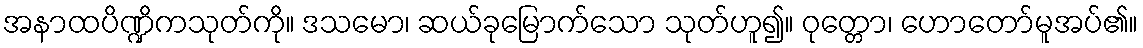
အနာထပိဏ္ဍိကသုတ်ကို။ ဒသမော၊ ဆယ်ခုမြောက်သော သုတ်ဟူ၍။ ဝုတ္တော၊ ဟောတော်မူအပ်၏။